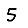
Digit: 5